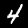
Label: 4